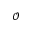
\mathcal { O }